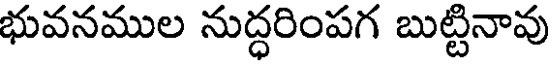
భువనముల నుద్ధరింపగ బుట్టినావు